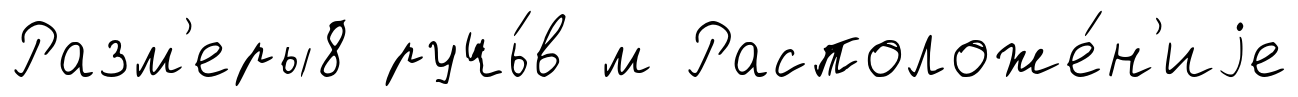
Разм'еры8 ручь́в м Расположе́н'иjе